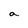
Character: a